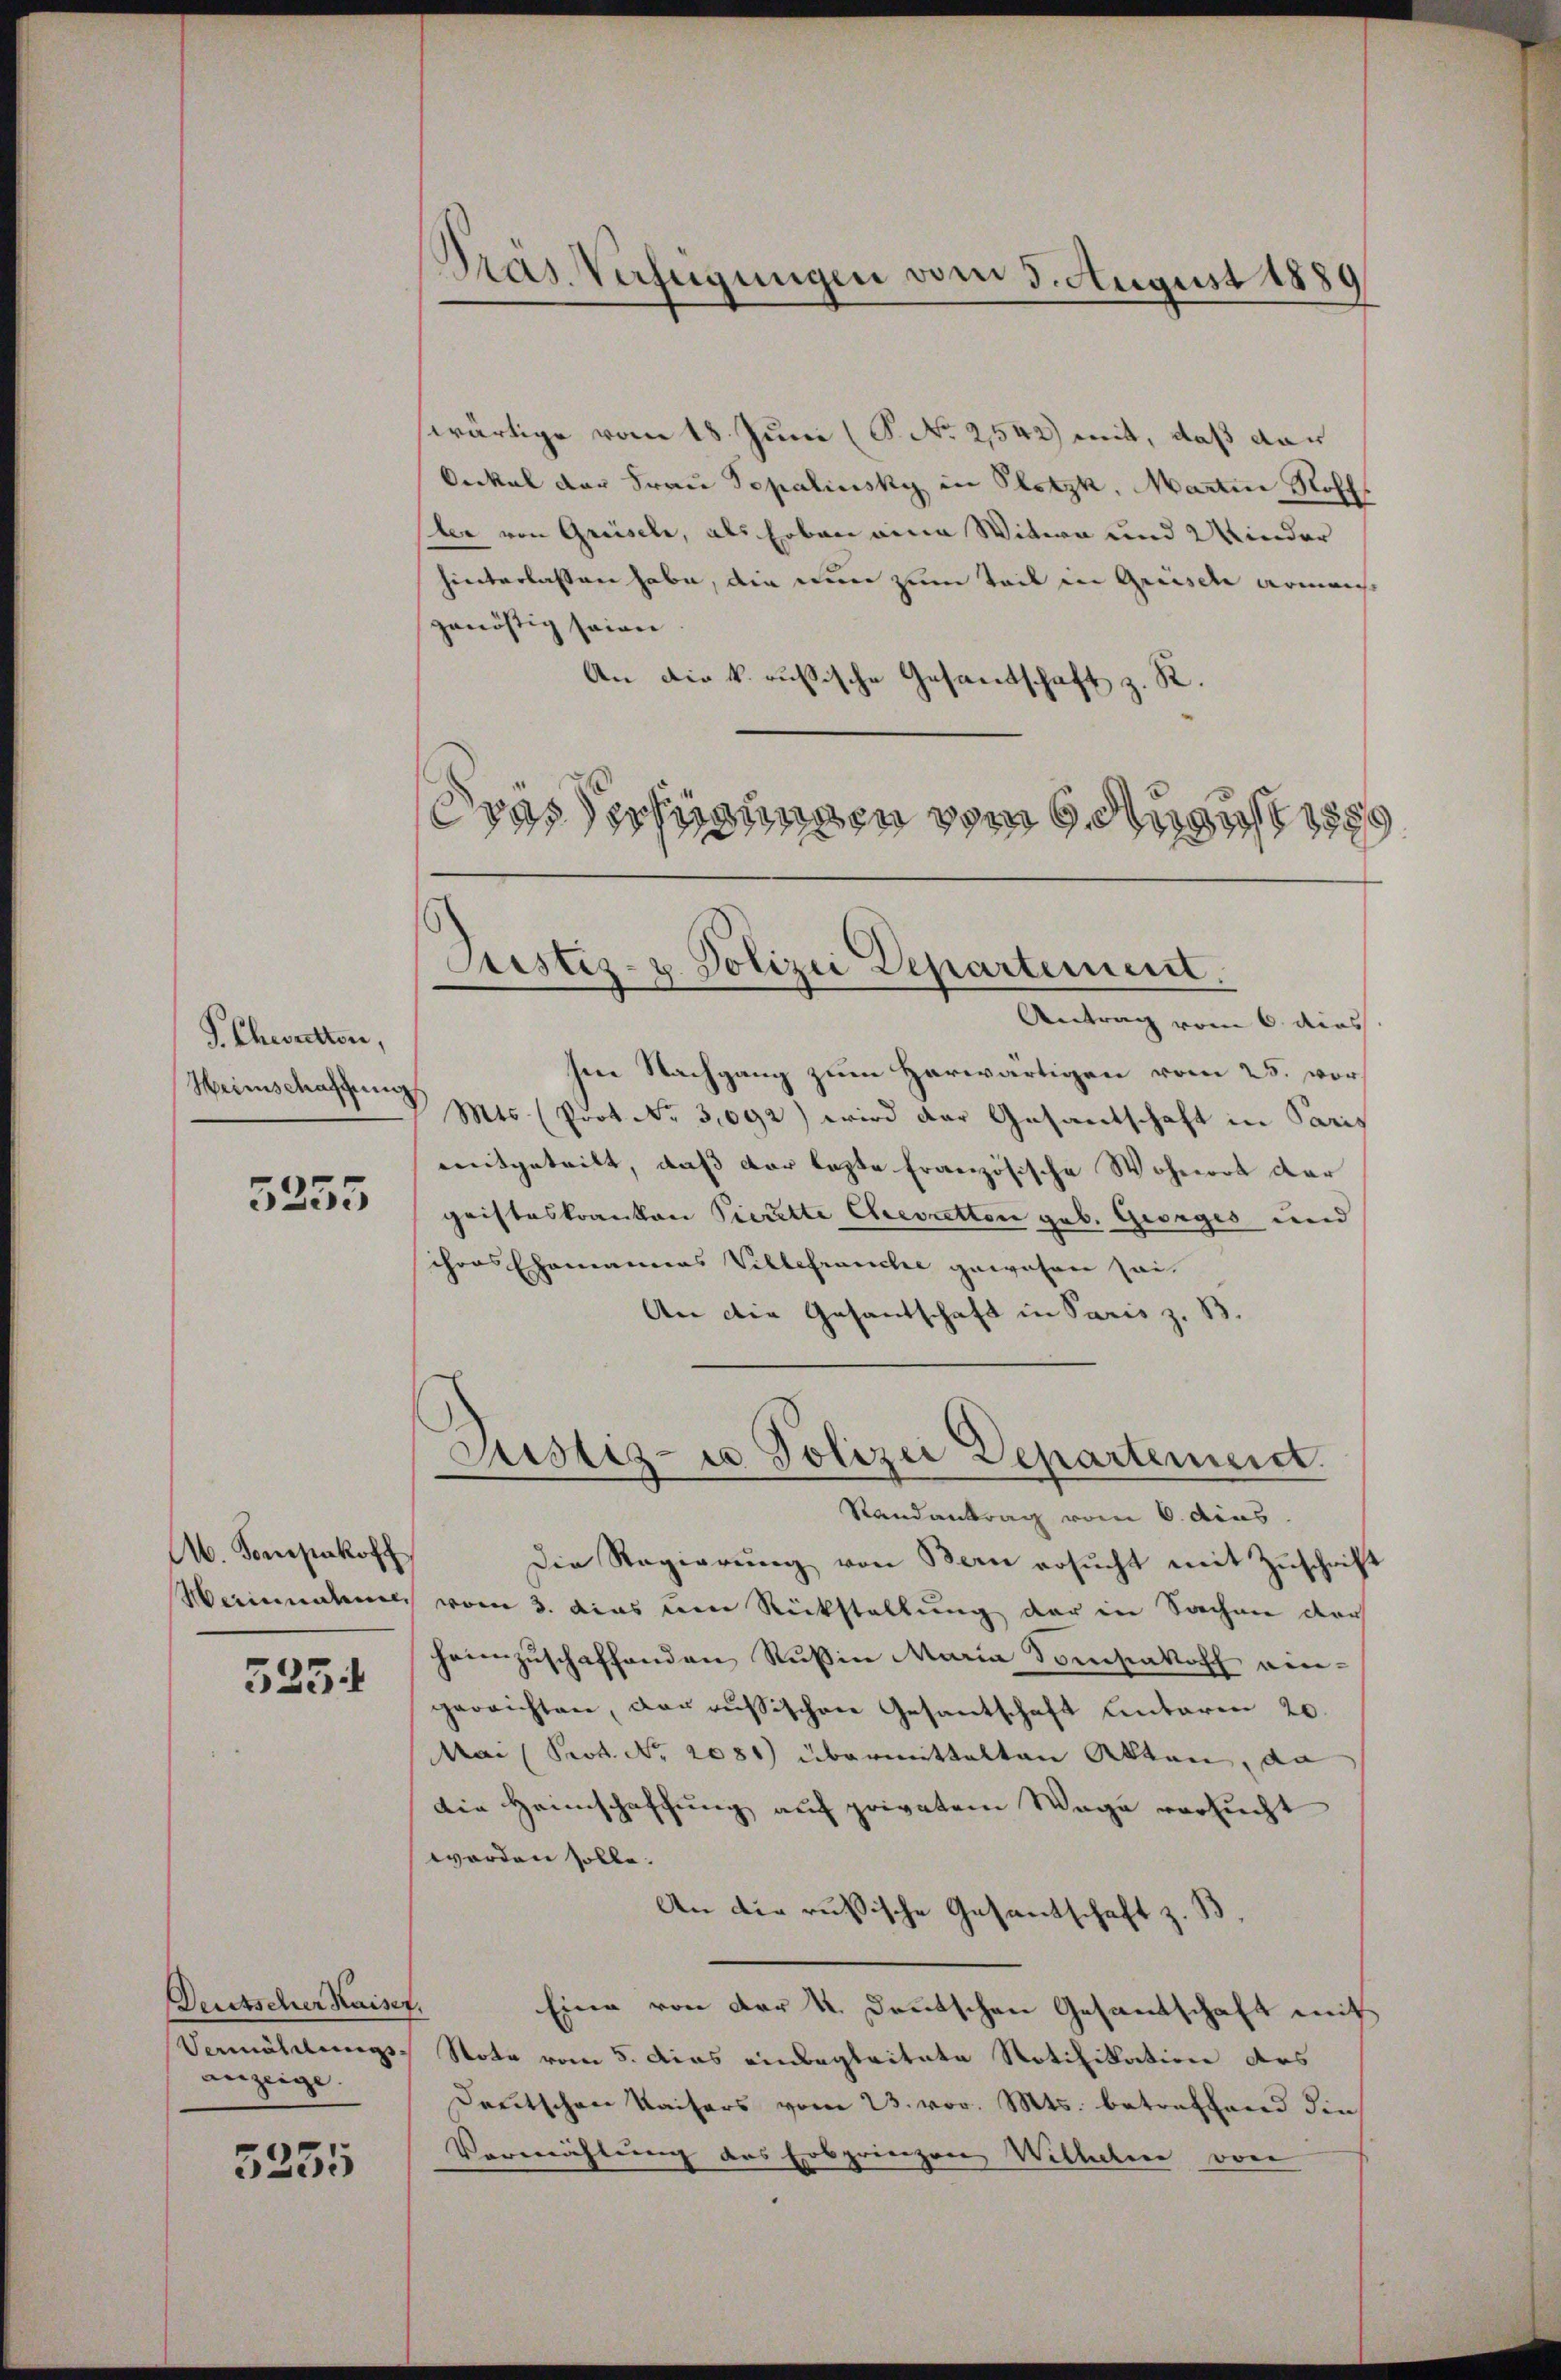
P. Theoretten,
Heimschaffung

5255

. Tomzakoff
Maiundamen

5254

Deutscher Kaiser,
Vermählungs-
anzeige. |

5235

Pras Verheigungen vom 5. August 1889

Justiz- u. Polizei Departement.

wärtige vom 18. Juni (S. No 2,542) mit, daß da¬
Onkel der Frau Sopalinsky in Plotzk, Martin Rohh
ber von Greisele, als Erben eine Witwe und Winder
hinterlassen habe, die nun zum Teil in Greische armenst
genössig seien
An die k. russische Gesandtschaft z. R.
Antrag vom 6. dies
Ien Nachgang zum Herwärtigen vom 25. vor¬
Mts. (Prot. No. 31092) wird der Gesantschaft in Paris
mitgeteilt, daß der lezte Französische Wohnort dar
gristeskranken Pierette Chevatten geb. Georges und
chors Ehemannes Villefranche gewesen sei
An die Gesandschaft in Paris z. B.
Justiz- u Polizei Departement
Randantrag vom 6. dies
Die Regierŭng von Bern ersŭcht mit Zŭschrift
vom 3. dies von Rückstellung der in Sachen der
heimzuschaffenden Rußin Maria Tomsakoff angerrichten, der russischen Gesantschaft unteren 20.
MMai (Prot. No. 2081) übermittalten Akten, da
Die Heimschaffung auf privatem Wage versucht
worden solle.
An die russische Gesantschaft z. B.
Eine von der K. Deutschen Gesandtschaft mit
Note vom 5. Das einbegleitete Notifikation des
Deutschen Kaisers vom 23. vor. Mts. betreffend die
Vernichtung des Erbprinzen Wilhelm von

vas erfügungen vom 9. August 18